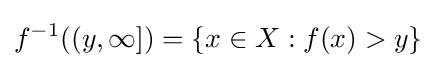
f^{-1}((y,\infty ])=\{x\in X:f(x)>y\}